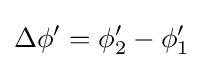
\Delta \phi '=\phi _{2}'-\phi _{1}'